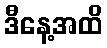
ဒီနေ့အထိ